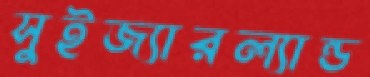
সুইজ্যারল্যান্ড